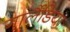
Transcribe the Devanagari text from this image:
गार्लैंडिया